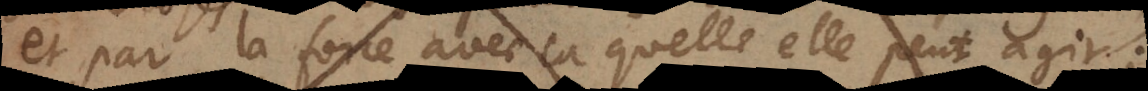
et par la force avec laquelle elle peut agir;